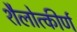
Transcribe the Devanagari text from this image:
शैलोत्कीर्ण